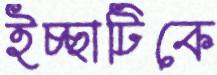
ইচ্ছাটিকে